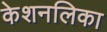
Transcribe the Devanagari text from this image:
केशनलिका